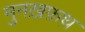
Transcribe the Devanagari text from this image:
मुनख़फ़थ़